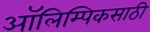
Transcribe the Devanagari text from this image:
ऑलिम्पिकसाठी